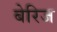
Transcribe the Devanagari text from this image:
बेरिज